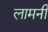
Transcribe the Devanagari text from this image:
लामनी